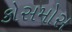
કોસમોસ